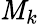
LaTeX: \mathit{M}_{k}